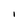
Character: I